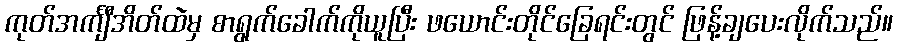
ကုတ်အင်္ကျီအိတ်ထဲမှ စာရွက်ခေါက်ကိုယူပြီး ဖယောင်းတိုင်ခြေရင်းတွင် ဖြန့်ချပေးလိုက်သည်။